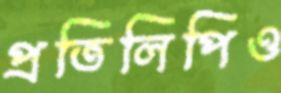
প্রতিলিপিও